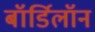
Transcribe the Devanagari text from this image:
बॉर्डिलॉन